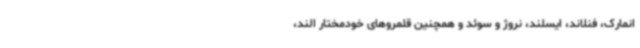
انمارک، فنلاند، ایسلند، نروژ و سوئد و همچنین قلمروهای خودمختار الند،